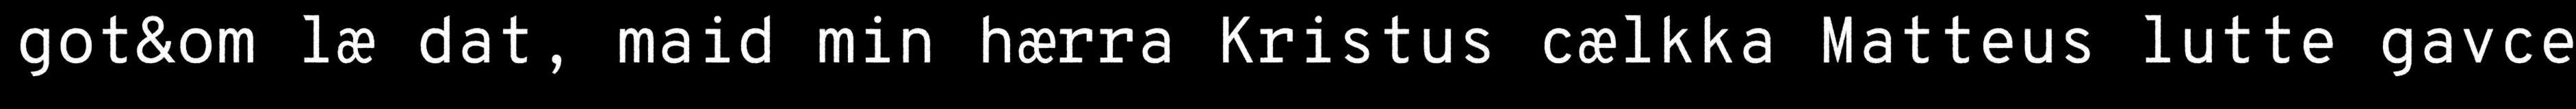
got&om læ dat, maid min hærra Kristus cælkka Matteus lutte gavce